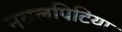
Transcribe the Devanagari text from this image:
नवलपिटिया